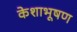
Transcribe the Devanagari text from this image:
केशाभूषण